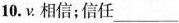
10. ν. 相信；信任___